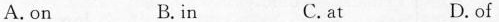
A.on B.in C.at D.of